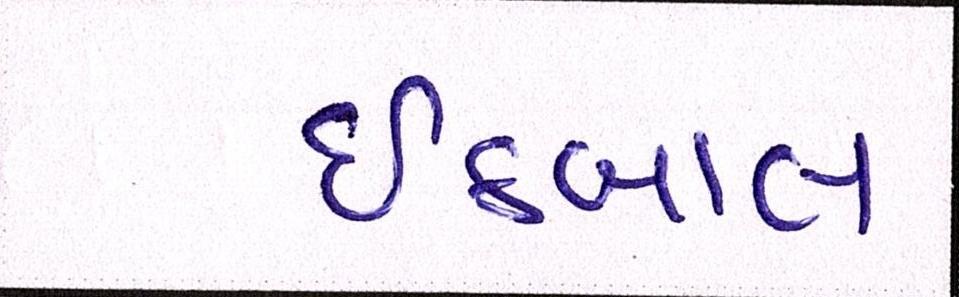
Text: ઈકબાલ